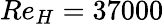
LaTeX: Re_{H}=37000